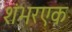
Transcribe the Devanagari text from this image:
शंभरएक